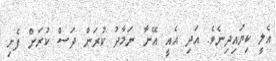
އެލީ ކިޔައިދިނެވެ. އަދި އެއީ އޭނާ ނަމާދު ކުރަން ދަސް ކުރަން ފެށި